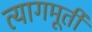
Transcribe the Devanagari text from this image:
त्यागमूर्ती